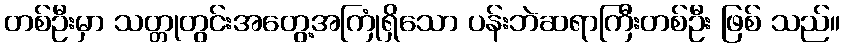
တစ်ဦးမှာ သတ္တုတွင်းအတွေ့အကြုံရှိသော ပန်းဘဲဆရာကြီးတစ်ဦး ဖြစ် သည်။